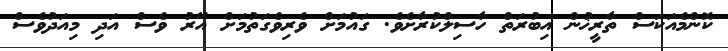
ކޮންމެއަކަސް ތާރީޚުން އިބުރަތް ހާސިލްކުރާށެވެ. ގައުމަށް ވެރިވެގަތުމަށް އޭރު ވެސް އަދި މިއަދުވެސް